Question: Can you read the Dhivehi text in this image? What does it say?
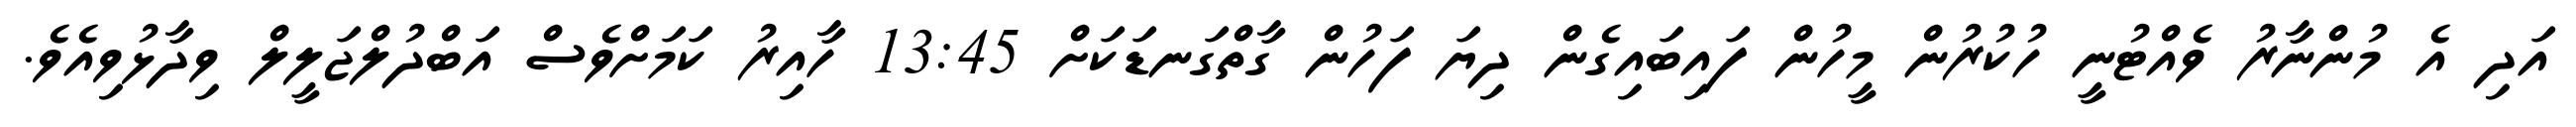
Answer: އަދި އެ މުންނާރު ވެއްޓުނީ ހުކުރުން މީހުން ފައިބައިގެން ދިޔަ ފަހުން ގާތްގަނޑަކަށް 13:45 ހާއިރު ކަމަށްވެސް އަބްދުލްޖަލީލް ވިދާޅުވިއެވެ.